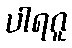
ပါရဂူ